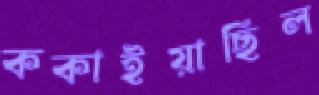
ককাইয়াছিল